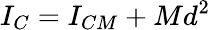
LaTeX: I_{C}=I_{CM}+Md^{2}